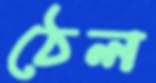
ঠেল